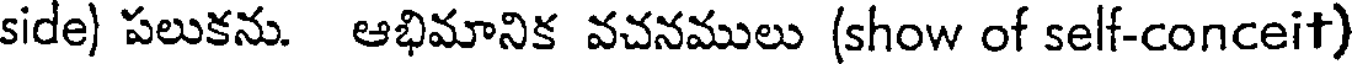
side) పలుకను. ఆభిమానిక వచనములు (show of self-conceit)